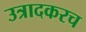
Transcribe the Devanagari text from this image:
उत्रादकरच